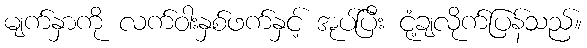
မျက်နှာကို လက်ဝါးနှစ်ဖက်နှင့် အုပ်ပြီး ငုံ့ချလိုက်ပြန်သည်။